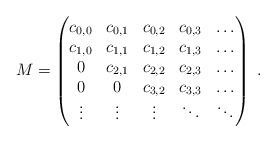
\begin{align*} M=\begin{pmatrix} c_{0,0} & c_{0,1} & c_{0,2} & c_{0,3}& \dots\\ c_{1,0} & c_{1,1} & c_{1,2} & c_{1,3}& \dots \\ 0 & c_{2,1} & c_{2,2} & c_{2,3} & \dots \\ 0 & 0 & c_{3,2} & c_{3,3} & \dots\\ \vdots &\vdots &\vdots & \ddots & \ddots \end{pmatrix}\ .\end{align*}